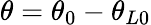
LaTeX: \theta=\theta_{0}-\theta_{L0}